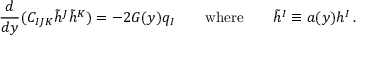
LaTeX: { \frac { d } { d y } } ( C _ { I J K } \tilde { h } ^ { J } \tilde { h } ^ { K } ) = - 2 G ( y ) q _ { I } \qquad \mathrm { w h e r e } \qquad \tilde { h } ^ { I } \equiv a ( y ) h ^ { I } \, .